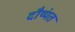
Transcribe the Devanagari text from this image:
दौष्यंत